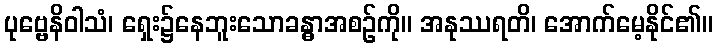
ပုဗ္ဗေနိဝါသံ၊ ရှေး၌နေဘူးသောခန္ဓာအစဉ်ကို။ အနုဿရတိ၊ အောက်မေ့နိုင်၏။